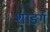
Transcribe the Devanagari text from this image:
शार्ङ्‍ग